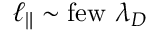
\ell _ { \| } \sim \mathrm { f e w } \ \lambda _ { D }